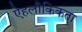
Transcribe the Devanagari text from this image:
ऐहलौकिकता